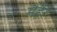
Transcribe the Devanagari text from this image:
मैहैर